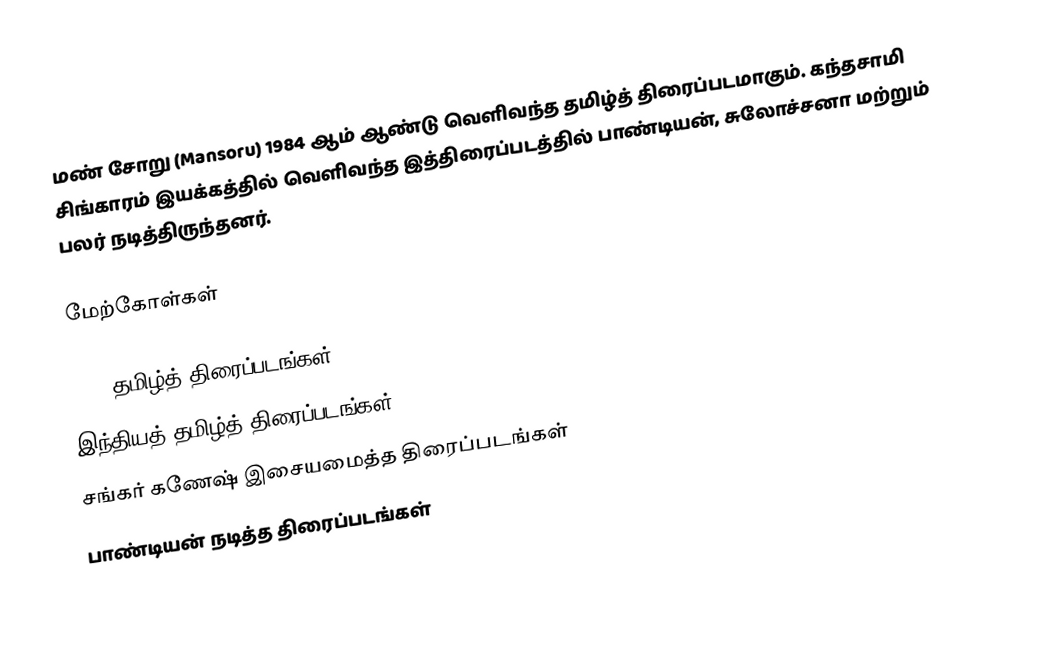
மண் சோறு (Mansoru) 1984 ஆம் ஆண்டு வெளிவந்த தமிழ்த் திரைப்படமாகும். கந்தசாமி சிங்காரம் இயக்கத்தில் வெளிவந்த இத்திரைப்படத்தில் பாண்டியன், சுலோச்சனா மற்றும் பலர் நடித்திருந்தனர்.

மேற்கோள்கள்

1984 தமிழ்த் திரைப்படங்கள்
இந்தியத் தமிழ்த் திரைப்படங்கள்
சங்கர் கணேஷ் இசையமைத்த திரைப்படங்கள்
பாண்டியன் நடித்த திரைப்படங்கள்